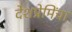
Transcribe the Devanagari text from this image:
देशप्रेमिंचा